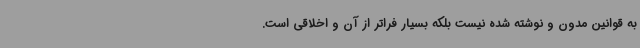
به قوانین مدون و نوشته شده نیست بلکه بسیار فراتر از آن و اخلاقی است.